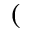
(